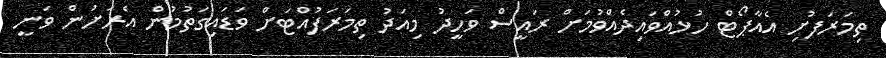
ތިމަރަފުށި އެއާޕޯޓް ހުޅުއްވައިދެއްވުމަށް ރައީސް ވަހީދު މިއަދު ތިމަރަފުއްޓަށް ވަޑައިގަތުމުން އެރަށުން ވަނީ